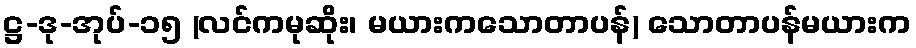
ဋ္ဌ-ဒု-အုပ်-၁၅ (လင်ကမုဆိုး၊ မယားကသောတာပန်) သောတာပန်မယားက